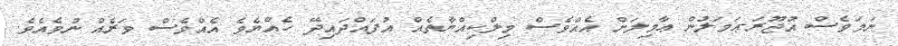
ނަމަވެސް އުޖޫރަ-ޢަމަލުން ޢާމިލަށް އެއްވެސް މިލްކިއްޔާތެއް އުފައްދައިދޭ ހެއްޔެވެ އެއްވެސް ވަރެއް ނުވެއެވެ.